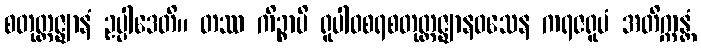
စတုတ္ထဇ္ဈာနံ ဥပ္ပါဒေတိ။ တဿ ကိဉ္စာပိ ရူပါဝစရစတုတ္ထဇ္ဈာနဝသေန ကရဇရူပံ အတိက္ကန္တံ